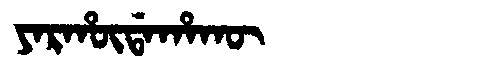
Manchu: ᠶᠠᡵᡥᡡᡩᠠᡥᠠᡴᡡ
Romanization: YARHŪDAHAKŪ